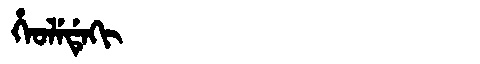
Manchu: ᡥᡝᠣᠯᡝᡩᡝᡴᡳ
Romanization: HEOLEDEKI